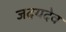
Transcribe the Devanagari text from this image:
जदयदेव